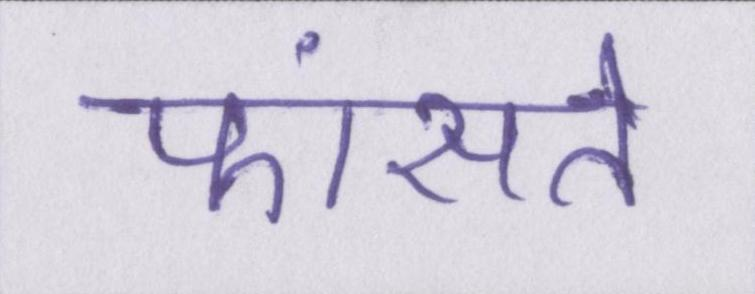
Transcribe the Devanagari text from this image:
फांसते